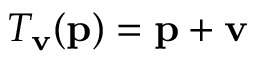
T _ { \mathbf { v } } ( \mathbf { p } ) = \mathbf { p } + \mathbf { v }